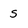
Character: s